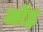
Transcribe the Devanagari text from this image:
जॉह्न